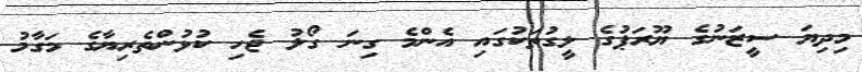
މިދިޔަ ސީޒަނުގެ ޔޫރަޕުގެ ލީގުތަކުގައި އެންމެ ގިނަ ގޯލު ޖެހި ކުޅުންތެރިޔާގެ މަގާމު